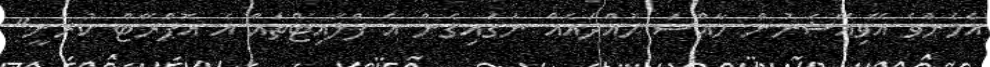
އެހެންވެ އޭވިއޭޝަނުން ހާއްސަ ހުއްދައެއް ނަގައިގެން އެ ފްލައިޓްތައް އެ އޮޕްރޭޓް ކުރަނީ"